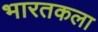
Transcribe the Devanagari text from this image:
भारतकला